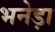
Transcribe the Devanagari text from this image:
भनेड़ा